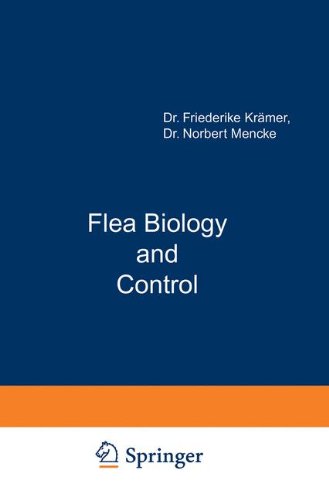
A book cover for Flea Biology and Control: The Biology of the Cat Flea Control and Prevention with Imidacloprid in Small Animals; Friederike KrÃ¤mer; Medical Books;